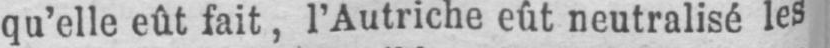
qu’elle eût fait, l’Autriche eût neutralisé les